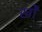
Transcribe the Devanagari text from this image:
खोें